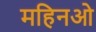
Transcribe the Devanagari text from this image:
महिनओ